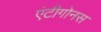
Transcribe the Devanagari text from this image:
एंटीगोनस